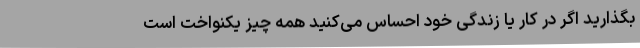
بگذارید اگر در کار یا زندگی خود احساس می‌کنید همه چیز یکنواخت است